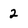
Character: 2